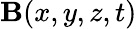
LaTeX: {\mathbf B}(x,y,z,t)